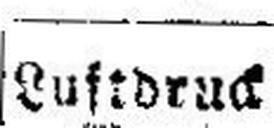
Luftdruck